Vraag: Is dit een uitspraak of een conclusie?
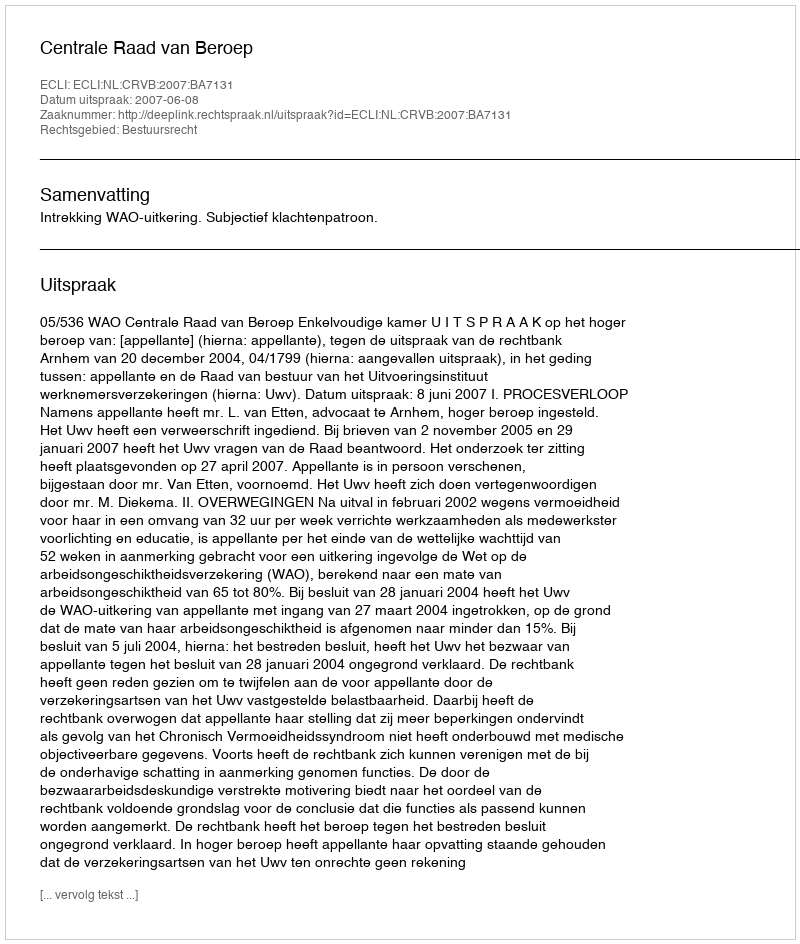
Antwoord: Uitspraak